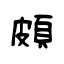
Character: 頗